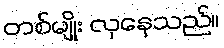
တစ်မျိုး လှနေသည်။